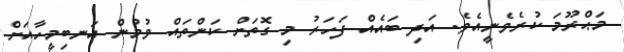
މަޙްރޫމަ ކުރެވެނީއެވެ. އަދި ބައެއް ފަހަރު މި ގޮތަށް ކަންތައް ވުމުން އަނބިމީހާއަށް